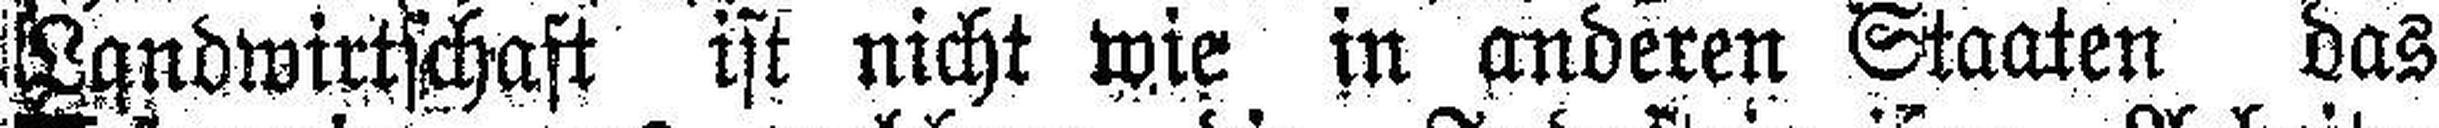
Landwirtschaft ist nicht wie in anderen Staaten das